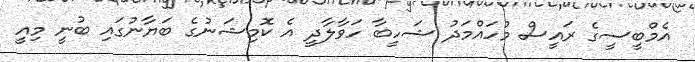
އެމްބީސީގެ ރައީސް މުހައްމަދު ޝަހީބާ ހަވާލާދީ އެ ކޮމިޝަނުގެ ބަޔާނުގައި ބުނީ މިއީ